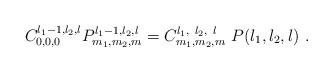
LaTeX: \begin{align*}C_{0,0,0}^{l_{1}-1,l_{2},l}P_{m_{1},m_{2},m}^{l_{1}-1,l_{2},l}=C_{m_{1},m_{2},m}^{l_{1},\ l_{2},\ l}\ P(l_{1},l_{2},l)\ . \end{align*}